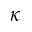
\kappa